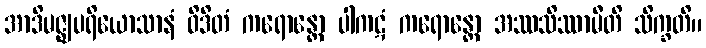
အာဒိမဇ္ဈပရိယောသာနံ ဝိဒိတံ ကရောန္တော ပါကဋံ ကရောန္တော အဿသိဿာမီတိ သိက္ခတိ။